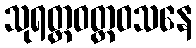
သုရတ္တဝတ္ထဝသနေ